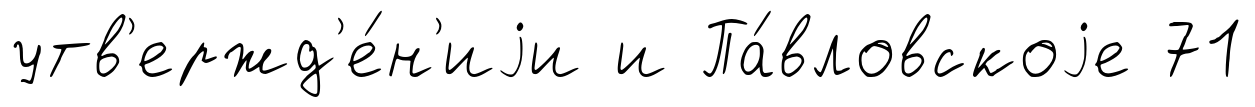
утв'ержд'е́н'иjи и Па́вловскоjе 71